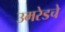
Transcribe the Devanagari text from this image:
उमरेडचे